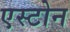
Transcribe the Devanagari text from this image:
एस्टोन